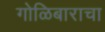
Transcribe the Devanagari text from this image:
गोळिबाराचा